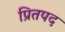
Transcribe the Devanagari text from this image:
प्रितपद